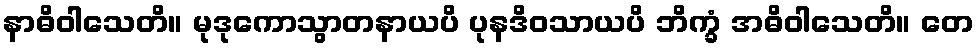
နာဓိဝါသေတိ။ မုဒုကောသွာတနာယပိ ပုနဒိဝသာယပိ ဘိက္ခံ အဓိဝါသေတိ။ တေ